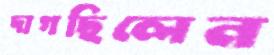
দাগছিলেন